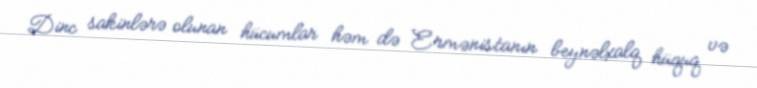
Dinc sakinlərə olunan hücumlar həm də Ermənistanın beynəlxalq hüquq və